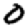
Digit: 0